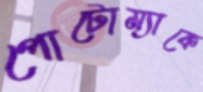
পোটোম্যাকে